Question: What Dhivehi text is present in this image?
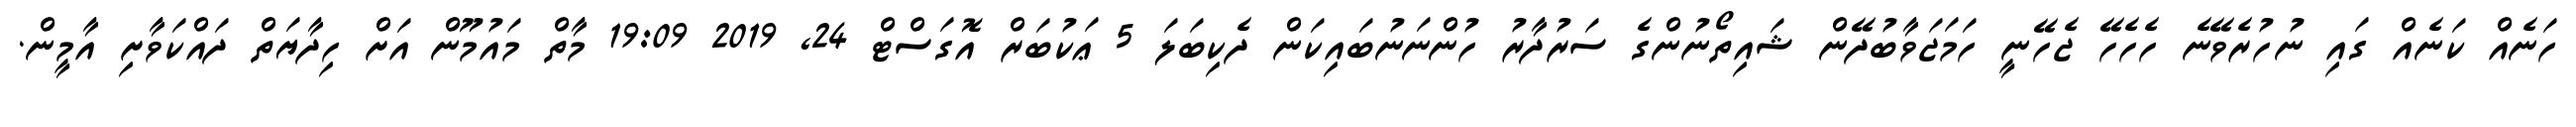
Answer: ހަނެއް ކަނެއް ގައި ނުހުރެވޭނެ ހެހެހޭ ޖެހޭނީ ހަމަޖަވާބުދޭން ޝައިތޯނުންގެ ސަރުދާރު ހުންނަނުބައިކަން ދެކިބަލަ 5 ޢަކުބަރް އޮގަސްޓް 24, 2019 19:09 މާތް މައުމޫން އަށް ހިދާޔަތް ދައްކަވާށި އާމީން.